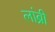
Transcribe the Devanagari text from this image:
लांब्री